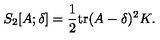
S _ { 2 } [ A ; \delta ] = \frac { 1 } { 2 } \mathrm { t r } ( A - \delta ) ^ { 2 } K .